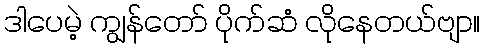
ဒါပေမဲ့ ကျွန်တော် ပိုက်ဆံ လိုနေတယ်ဗျာ။